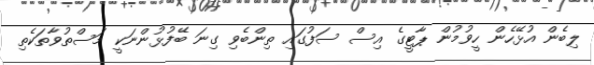
ލިބެން އުޅޭހެން ހީވުމުން ޕާޓީގެ އިސް ސަފުގައި ތިންބެވި ގިނަ ބޭފުޅުންނަކީ މަސްތުވާތަކެތި